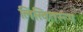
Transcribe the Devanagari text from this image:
लिखितरूप